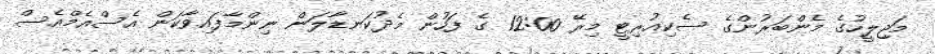
މަޖިލީހުގެ މެންބަރުންގެ ސެކިއުރިޓީ މިރޭ 12:00 ގެ ފަހުން މެދުކަނޑާލަން ނިންމާފައިވާކަން އެސްއެމްއެސް